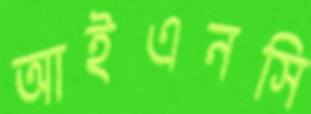
আইএনসি